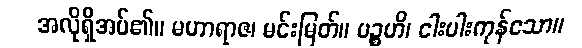
အလိုရှိအပ်၏။ မဟာရာဇ၊ မင်းမြတ်။ ပဉ္စဟိ၊ ငါးပါးကုန်သော။